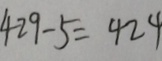
4 2 9 - 5 = 4 2 4